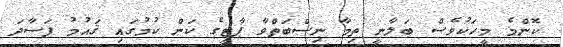
ކޮންމެ މީހަކުވެސް ބަލާނީ ތިމާ ނިސްބަތްވާ ޕާޓީގެ ކަން ކުމުގައި ޤައުމު ފަސާދަ